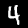
Label: 4